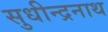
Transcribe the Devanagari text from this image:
सुधीन्द्रनाथ